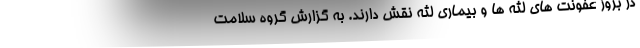
در بروز عفونت های لثه ها و بیماری لثه نقش دارند. به گزارش گروه سلامت